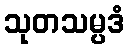
သုတသမ္ပဒံ